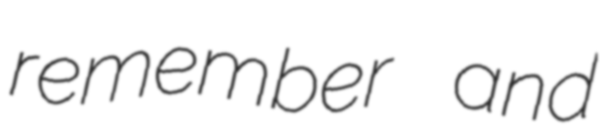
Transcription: remember and